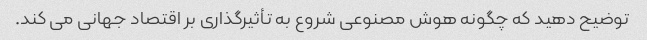
توضیح دهید که چگونه هوش مصنوعی شروع به تأثیرگذاری بر اقتصاد جهانی می کند.